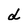
Character: d